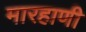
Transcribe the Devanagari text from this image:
मारहाणी